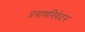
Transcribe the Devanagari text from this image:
प्रयाणनिवेदन